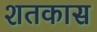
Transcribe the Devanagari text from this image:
शतकास